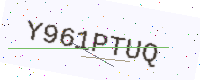
Text: Y961PTUQ